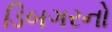
ડિબગરનો